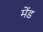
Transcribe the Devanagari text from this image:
मेंड